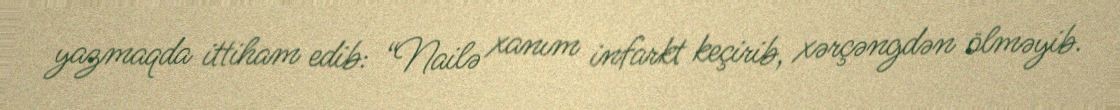
yazmaqda ittiham edib: “Nailə xanım infarkt keçirib, xərçəngdən ölməyib.